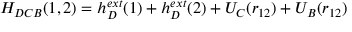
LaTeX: H _ { D C B } ( 1 , 2 ) = h _ { D } ^ { e x t } ( 1 ) + h _ { D } ^ { e x t } ( 2 ) + U _ { C } ( r _ { 1 2 } ) + U _ { B } ( r _ { 1 2 } )